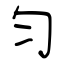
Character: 匀